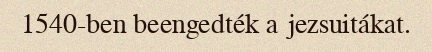
1540-ben beengedték a jezsuitákat.